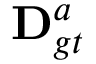
\mathbf { D } _ { g t } ^ { a }